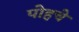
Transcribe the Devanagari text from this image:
पोहचे